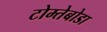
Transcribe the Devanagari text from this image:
टोम्तेबोडा